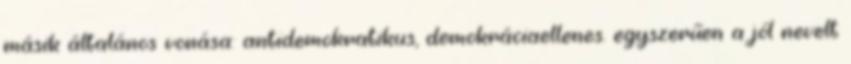
másik általános vonása: antidemokratikus, demokráciaellenes. egyszerűen a jól nevelt